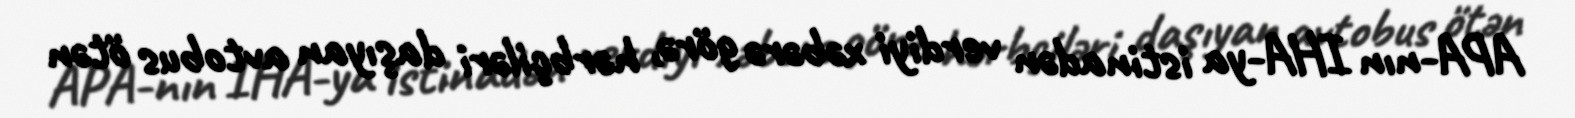
APA-nın IHA-ya istinadən verdiyi xəbərə görə, hərbçiləri daşıyan avtobus ötən